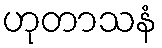
ဟုတာသနံ